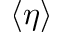
\langle \eta \rangle